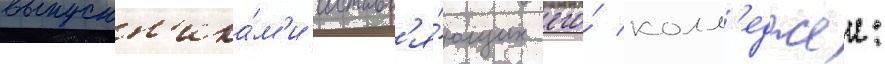
выпускн'ика́м'и составл'я́ющих его́ колл'еджеи: